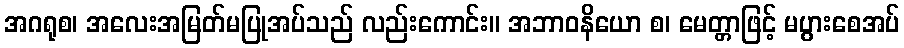
အဂရုစ၊ အလေးအမြတ်မပြုအပ်သည် လည်းကောင်း။ အဘာဝနိယော စ၊ မေတ္တာဖြင့် မပွားစေအပ်